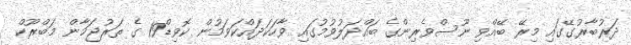
ދަރުބާރުގޭގައި މިރޭ ބޭއްވި ނޫސްވެރިންގެ ބައްދަލުވުމުގައި ވާހަކަދައްކަވަމުން ކޮވިޑް19 ގެ ތަރުޖަމާން މަބްރޫކް